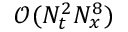
\mathcal { O } ( N _ { t } ^ { 2 } N _ { x } ^ { 8 } )